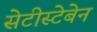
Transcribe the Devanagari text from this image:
सेटीस्‍टेबेन